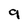
Character: 9